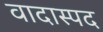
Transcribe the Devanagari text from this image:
वादास्पद